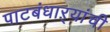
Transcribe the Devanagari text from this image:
पाटबंधाऱ्यांची